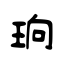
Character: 珦